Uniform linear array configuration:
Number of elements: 24
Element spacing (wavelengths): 0.75
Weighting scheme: binomial
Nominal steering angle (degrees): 15
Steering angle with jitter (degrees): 16.498
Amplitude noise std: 0.05
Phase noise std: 0.05

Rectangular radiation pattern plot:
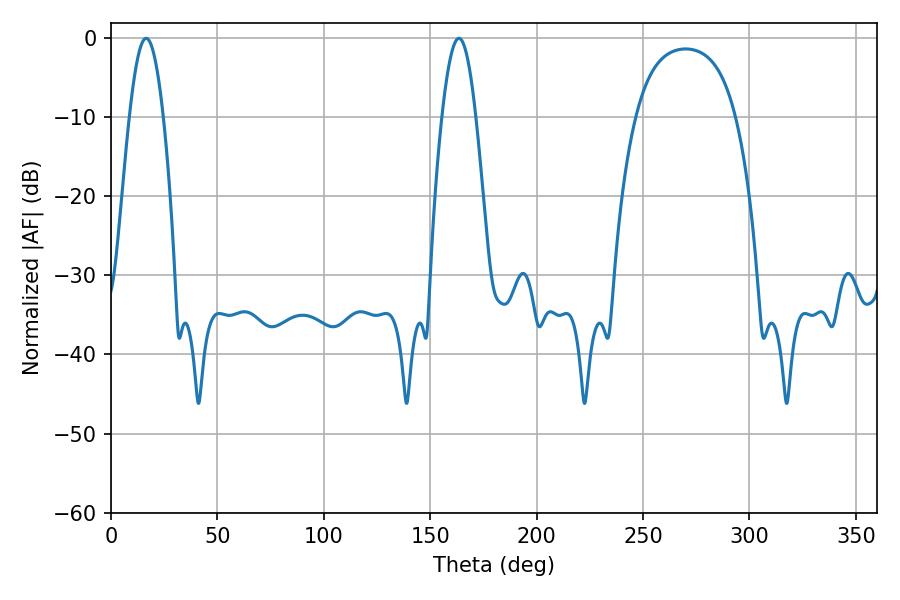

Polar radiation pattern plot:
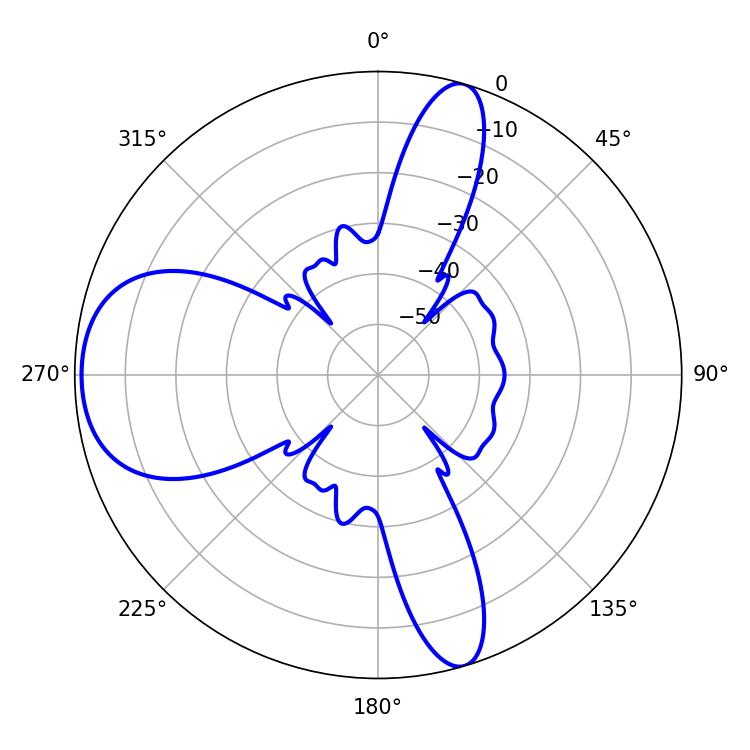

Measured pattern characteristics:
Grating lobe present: TRUE
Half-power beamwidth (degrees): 8.64
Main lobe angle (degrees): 16.56